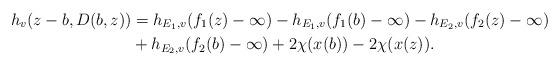
LaTeX: \begin{align*}h_v (z-b,D(b,z)) &= h_{E_1 ,v} (f_1 (z)-\infty )-h_{E_1 ,v} (f_1 (b)-\infty )-h_{E_2 ,v} (f_2 (z)-\infty )\\&+h_{E_2 ,v} (f_2 (b)-\infty )+ 2\chi (x(b))-2\chi (x(z)).\end{align*}